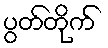
ပွတ်တိုက်